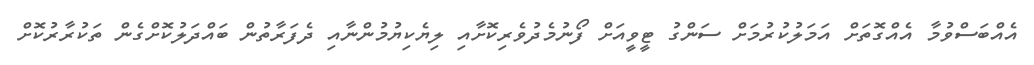
އެއްބަސްވުމާ އެއްގޮތަށް އަމަލުކުރުމަށް ސަންގު ޓީވީއަށް ފޯނުމެދުވެރިކޮށާއި ލިޔެކިޔުމުންނާއި ދެފަރާތުން ބައްދަލުކޮށްގެން ތަކުރާރުކޮށް